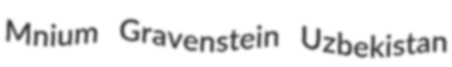
Mnium Gravenstein Uzbekistan